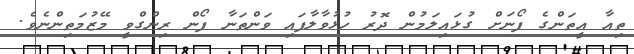
ތިއާ އީތަންގެ ފޯނަށް ގުޅައިލަމުން ދޮރު ހުޅުވާލާފައި ވަންތަނާ ފޯން ރިންގްވީ މޭޒުމަތިންނެވެ.